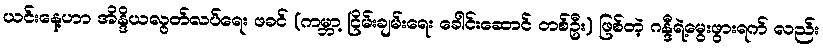
ယင်းနေ့ဟာ အိန္ဒိယလွတ်လပ်ရေး ဖခင် (ကမ္ဘာ့ ငြိမ်းချမ်းရေး ခေါင်းဆောင် တစ်ဦး) ဖြစ်တဲ့ ဂန္ဒီရဲ့မွေးဖွားရက် လည်း